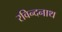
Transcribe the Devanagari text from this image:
रविन्दनाथ